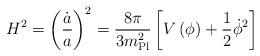
LaTeX: \begin{align*}H^2 = \left({\dot a \over a}\right)^2 = {8 \pi \over 3 m_{\rm Pl}^2} \left[V\left(\phi\right) + {1 \over 2} \dot\phi^2\right]\end{align*}